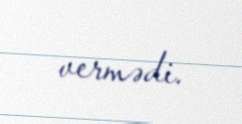
vermədi.